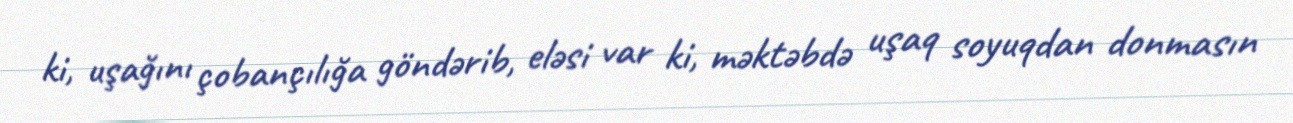
ki, uşağını çobançılığa göndərib, eləsi var ki, məktəbdə uşaq soyuqdan donmasın